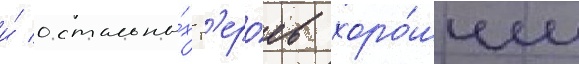
и́ остальны́х г'еро́ев хоро́шим